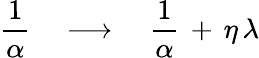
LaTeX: \frac{1}{\alpha}\quad\longrightarrow\quad\frac{1}{\alpha}\, +\, \eta\, \lambda